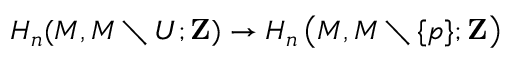
H _ { n } ( M , M \setminus U ; \mathbf { Z } ) \to H _ { n } \left( M , M \setminus \{ p \} ; \mathbf { Z } \right)